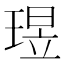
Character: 𬍶